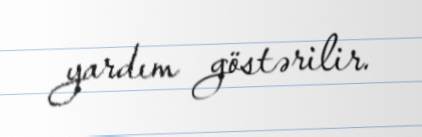
yardım göstərilir.